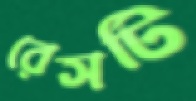
রেসটি